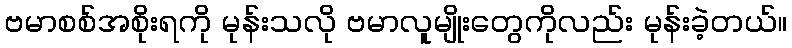
ဗမာစစ်အစိုးရကို မုန်းသလို ဗမာလူမျိုးတွေကိုလည်း မုန်းခဲ့တယ်။